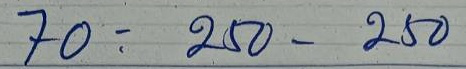
70 = 250 - 250